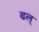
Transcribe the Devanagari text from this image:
ढल्